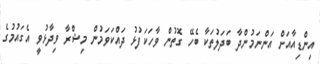
އިންޑިއާއަށް އަންނަމުންދާ ބަދަލުތަކާ ބެހޭ ގޮތުން ވާހަކަފުޅު ދައްކަވަމުން މިޝްރާ ވިދާޅުވީ އެގައުމުގެ